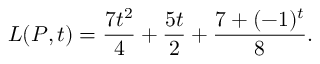
L ( P , t ) = { \frac { 7 t ^ { 2 } } { 4 } } + { \frac { 5 t } { 2 } } + { \frac { 7 + ( - 1 ) ^ { t } } { 8 } } .